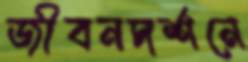
জীবনদর্শনে